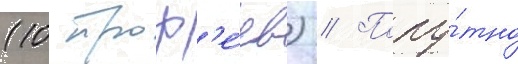
(10 троф'е́ев) // Попу́тно